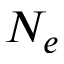
N _ { e }